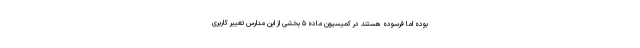
بوده اما فرسوده هستند در کمیسیون ماده ۵ بخشی از این مدارس تغییر کاربری